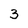
Character: 3